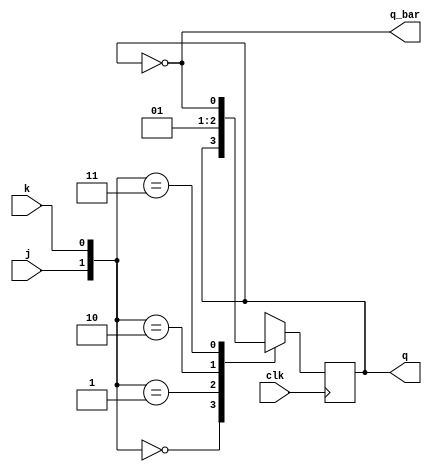

`timescale 1ns / 1ps
//////////////////////////////////////////////////////////////////////////////////
// Company: 
// Engineer: 
// 
// Design Name: 
// Module Name: MSJK_FLIPFLOP
// Project Name: 
// Target Devices: 
// Tool Versions: 
// Description: 
// 
// Dependencies: 
// 
// Revision:
// Revision 0.01 - File Created
// Additional Comments:
// 
//////////////////////////////////////////////////////////////////////////////////


module MSJK_FLIPFLOP(j,k,clk,q,q_bar);
input j,k,clk;
output  q,q_bar;
reg q;
assign q_bar= ~q;
always @(posedge clk)
begin

case({j,k})
2'b00: q<=q;
2'b01: q<=0;
2'b10: q<=1;
2'b11: q<=~q;
endcase
end
endmodule